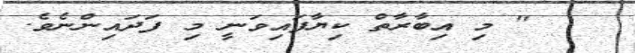
" މި އިބާރާތް ކިޔާފައިވަނީ މި ފަދައިންނެވެ.